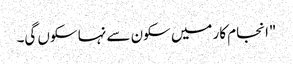
"انجام کار میں سکون سے نہا سکوں گی۔